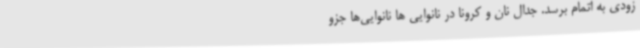
زودی به اتمام برسد. جدال نان و کرونا در نانوایی ها نانوایی‌ها جزو